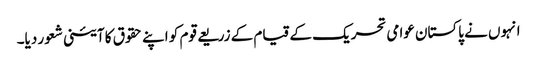
انہوں نے پاکستان عوامی تحریک کے قیام کے زریعے قوم کو اپنے حقوق کا آئینی شعور دیا۔